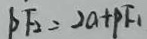
D F _ { 2 } = 2 a + P F _ { 1 }